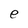
Character: e